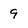
Character: 9